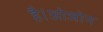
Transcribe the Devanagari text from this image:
है।ओजोन